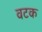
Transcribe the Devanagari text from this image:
वटक